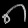
Digit: ၈